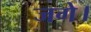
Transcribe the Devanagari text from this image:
जगे।